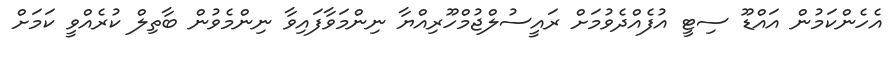
އެހެންކަމުން އައްޑޫ ސިޓީ އުފެއްދެވުމަށް ރައީސުލްޖުމްހޫރިއްޔާ ނިންމަވާފައިވާ ނިންމެވުން ބާތިލް ކުރެއްވީ ކަމަށް